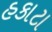
હકાટા